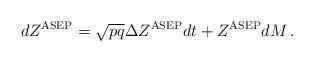
LaTeX: \begin{align*}dZ^{\rm ASEP} = \sqrt{pq} \Delta Z^{\rm ASEP}dt + Z^{\rm ASEP} dM\,.\end{align*}